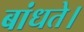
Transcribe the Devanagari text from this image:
बांधते।